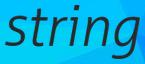
string